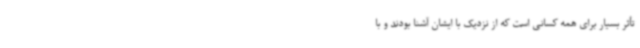
تأثر بسیار برای همه کسانی است که از نزدیک با ایشان آشنا بودند و با